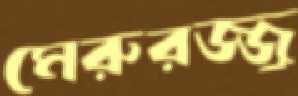
মেরুরজ্জু